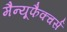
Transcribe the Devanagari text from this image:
मैन्यूफैक्चर्स